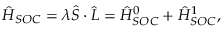
\hat { H } _ { S O C } = \lambda \hat { S } \cdot \hat { L } = \hat { H } _ { S O C } ^ { 0 } + \hat { H } _ { S O C } ^ { 1 } ,